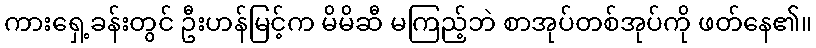
ကားရှေ့ခန်းတွင် ဦးဟန်မြင့်က မိမိဆီ မကြည့်ဘဲ စာအုပ်တစ်အုပ်ကို ဖတ်နေ၏။